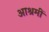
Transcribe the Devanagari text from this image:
आश्रमीं